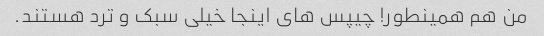
من هم همینطور! چیپس های اینجا خیلی سبک و ترد هستند.